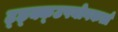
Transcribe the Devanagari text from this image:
ट्छ्क्क्उपयोगकर्ता